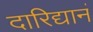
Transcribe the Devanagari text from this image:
दारिद्यानं